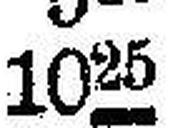
1025